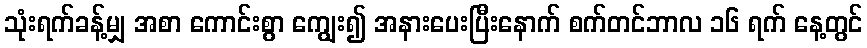
သုံးရက်ခန့်မျှ အစာ ကောင်းစွာ ကျွေး၍ အနားပေးပြီးနောက် စက်တင်ဘာလ ၁၆ ရက် နေ့တွင်